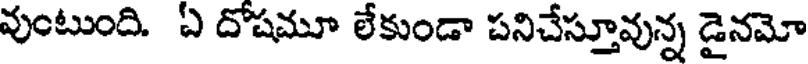
వుంటుంది. ఏ దోషమూ లేకుండా పనిచేస్తూవున్న డైనమో